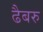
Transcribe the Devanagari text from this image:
ढैबरु